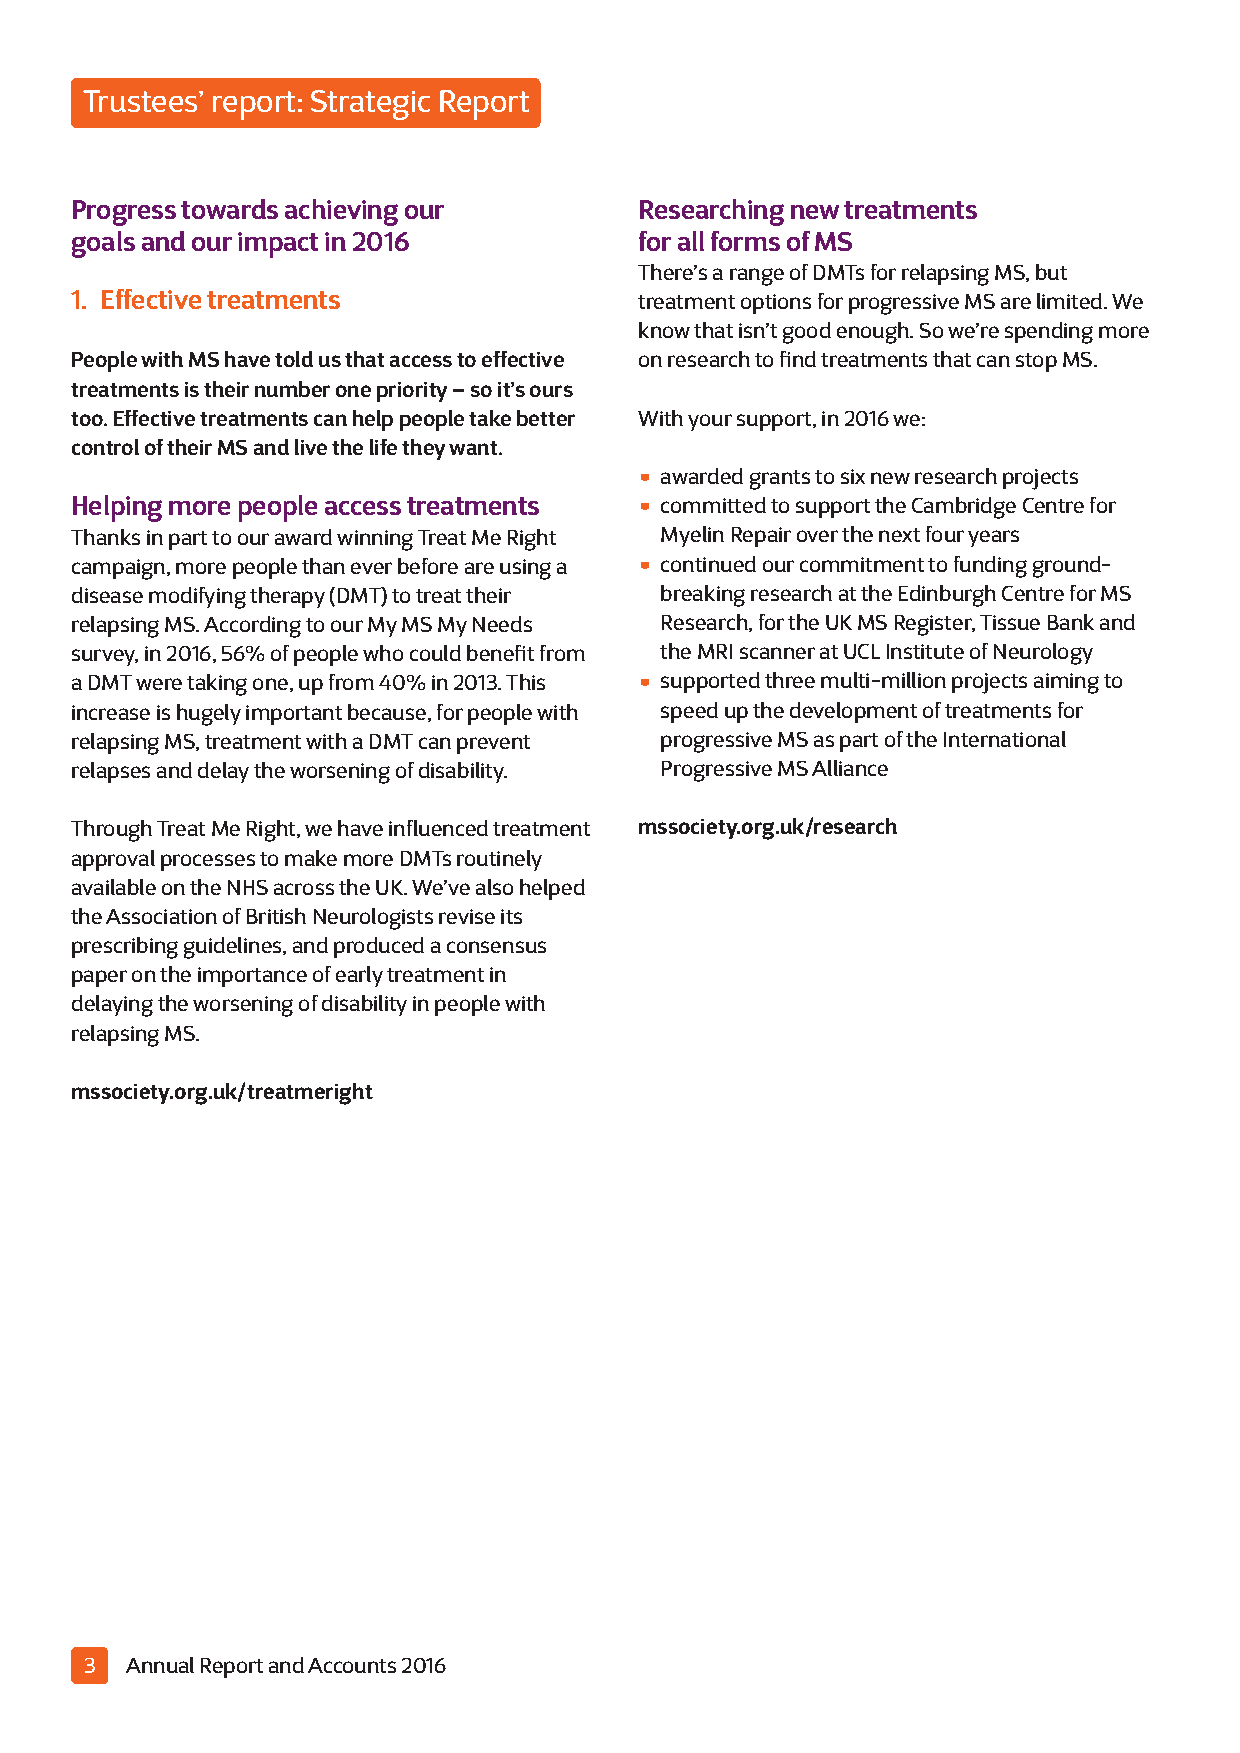
Trustees’ report: Strategic Report
 Progress towards achieving our       Researching new treatments
 goals and our impact in 2016         for all forms of MS
 There’s a range of DMTs for relapsing MS, but
 1. Effective treatments              treatment options for progressive MS are limited. We
 know that isn’t good enough. So we’re spending more
 People with MS have told us that access to effective on research to find treatments that can stop MS.
 treatments is their number one priority – so it’s ours
 too. Effective treatments can help people take better With your support, in 2016 we:
 control of their MS and live the life they want.
 •
 awarded grants to six new research projects
 Helping more people access treatments • committed to support the Cambridge Centre for
 Thanks in part to our award winning Treat Me Right Myelin Repair over the next four years
 •
 campaign, more people than ever before are using a continued our commitment to funding ground-
 disease modifying therapy (DMT) to treat their breaking research at the Edinburgh Centre for MS
 relapsing MS. According to our My MS My Needs Research, for the UK MS Register, Tissue Bank and
 survey, in 2016, 56% of people who could benefit from the MRI scanner at UCL Institute of Neurology
 •
 a DMT were taking one, up from 40% in 2013. This supported three multi-million projects aiming to
 increase is hugely important because, for people with speed up the development of treatments for
 relapsing MS, treatment with a DMT can prevent progressive MS as part of the International
 relapses and delay the worsening of disability. Progressive MS Alliance
 Through Treat Me Right, we have influenced treatment mssociety.org.uk/research
 approval processes to make more DMTs routinely
 available on the NHS across the UK. We’ve also helped
 the Association of British Neurologists revise its
 prescribing guidelines, and produced a consensus
 paper on the importance of early treatment in
 delaying the worsening of disability in people with
 relapsing MS.
 mssociety.org.uk/treatmeright
 3 Annual Report and Accounts 2016